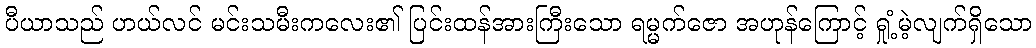
ပီယာသည် ဟယ်လင် မင်းသမီးကလေး၏ ပြင်းထန်အားကြီးသော ရမ္မက်ဇော အဟုန်ကြောင့် ရှုံ့မဲ့လျက်ရှိသော